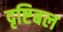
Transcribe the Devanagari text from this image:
दृष्टिबल